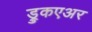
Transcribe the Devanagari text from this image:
ड्रुकएअर